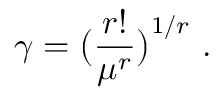
\gamma = \big ( \frac { r ! } { \mu ^ { r } } \big ) ^ { 1 / r } \mathrm { ~ . ~ }